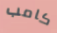
كامب